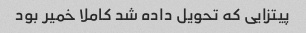
پیتزایی که تحویل داده شد کاملا خمیر بود